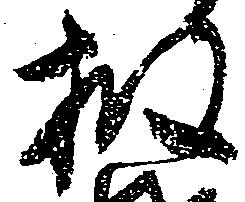
披